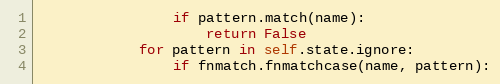
Language: Python
                if pattern.match(name):
                    return False
            for pattern in self.state.ignore:
                if fnmatch.fnmatchcase(name, pattern):